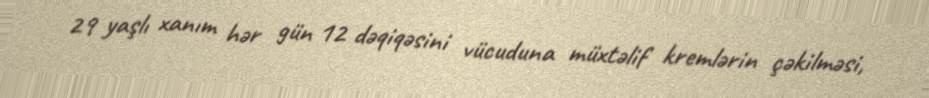
29 yaşlı xanım hər gün 12 dəqiqəsini vücuduna müxtəlif kremlərin çəkilməsi,